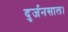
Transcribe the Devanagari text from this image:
दुर्जनसाल।